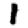
Digit: 1